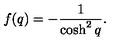
f ( q ) = - \frac { 1 } { \cosh ^ { 2 } q } .